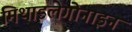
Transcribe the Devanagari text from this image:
मिथाइलेगोनाइन